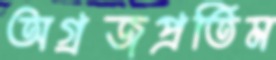
অগ্রজপ্রতিম